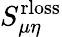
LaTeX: S_{\mu\eta}^{\mathrm{rloss}}